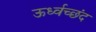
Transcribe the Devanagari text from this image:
ऊर्ध्वच्छंद